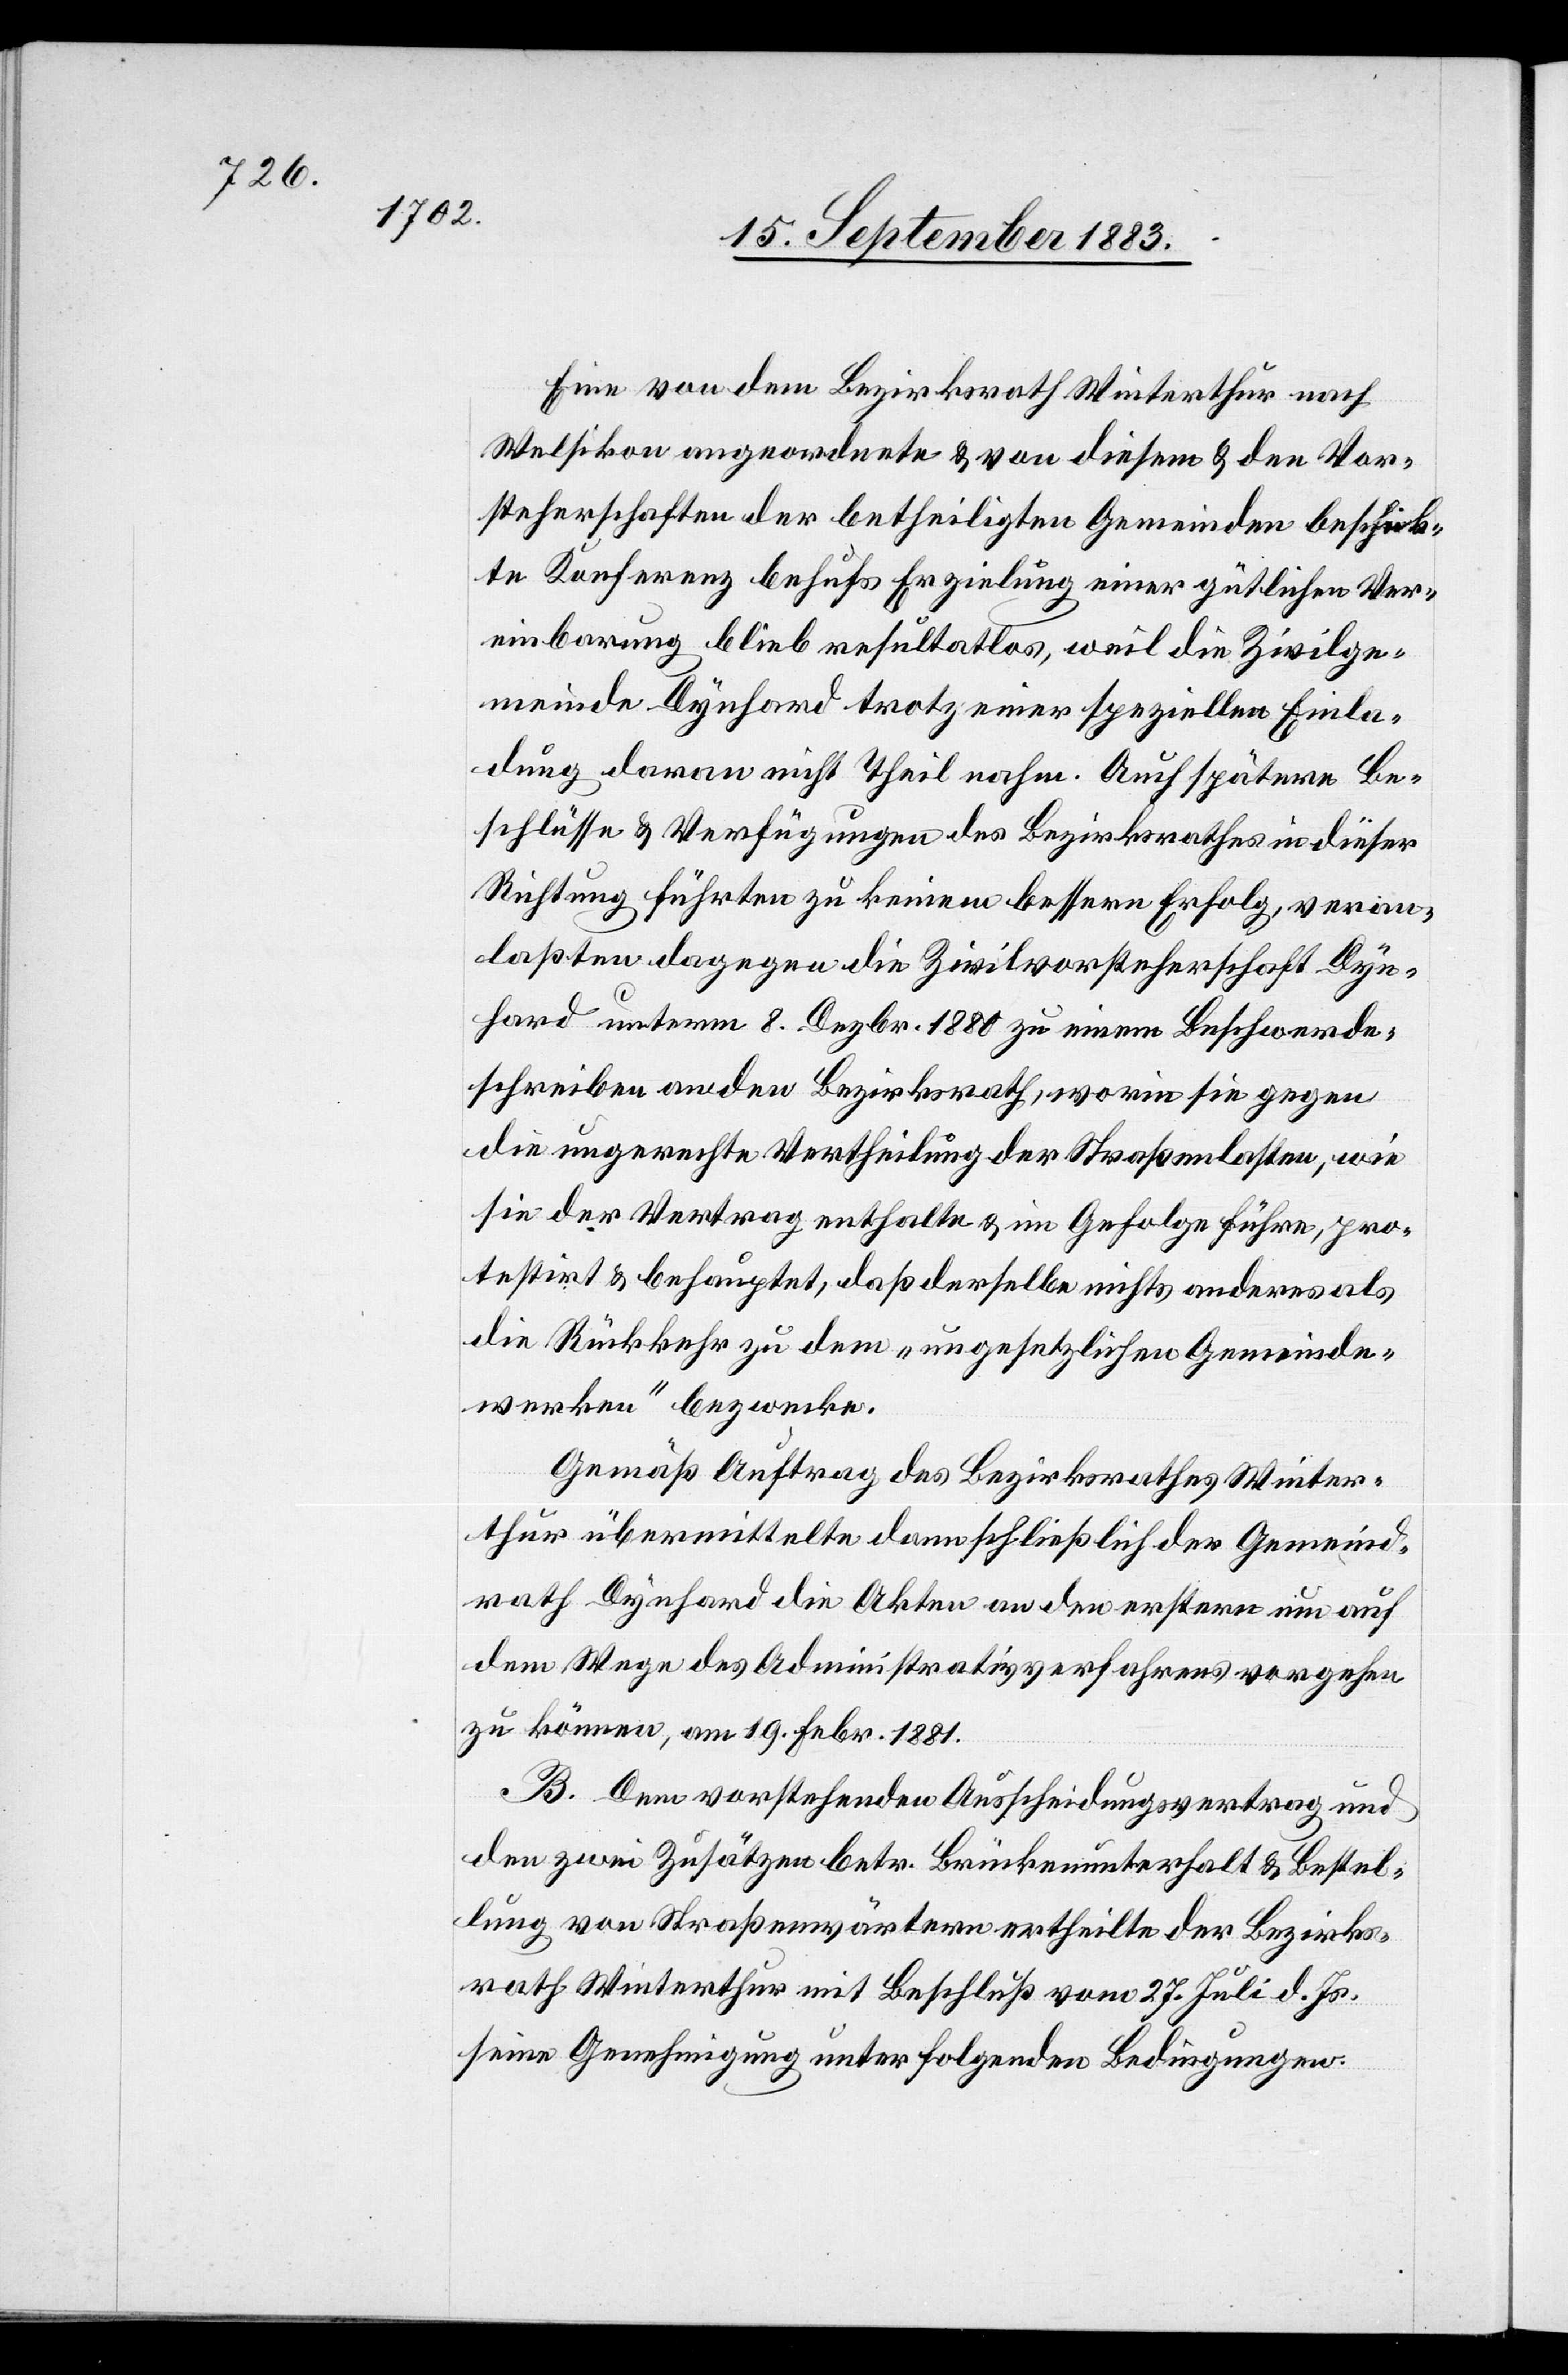
Eine von dem Bezirksrath Winterthur nach
Welsikon angeordnete & von diesem & den Vor¬
steherschaften der betheiligten Gemeinde beschick¬
te Konferenz behufs Erzielung einer gütlichen Ver¬
einbarung blieb resultatlos, weil die Zivilge¬
meinde Dynhard trotz einer speziellen Einla¬
dung daran nicht Theil nahm. Auch spätere Be¬
schlüsse & Verfügungen des Bezirksrathes in dieser
Richtung führten zu keinem bessern Erfolg, veran¬
laßten dagegen die Zivilvorsteherschaft Dyn¬
hard unterm 8. Dezbr. 1880 zu einem Beschwerde¬
schreiben an den Bezirksrath, worin sie gegen
die ungerechte Vertheilung der Straßenlasten, wie
sie der Vertrag enthalte & im Gefolge führe, pro¬
testirt & behauptet, daß derselbe nichts anderes als
die Rückkehr zu dem „ungesetzlichen Gemeinde¬
werken“ bezwecke.
Gemäß Auftrag des Bezirksrathes Winter¬
thur übermittelte dann schließlich der Gemeind¬
rath Dynhard die Akten an den erstern um auf
dem Wege des Administrativverfahrens vorgehen
zu können, am 19. Febr. 1881.
B. Dem vorstehenden Ausscheidungsvertrag und
den zwei Zusätzen betr. Brückenunterhalt & Bestel¬
lung von Straßenwärtern ertheilte der Bezirks¬
rath Winterthur mit Beschluß vom 27. Juli d. Js.
seine Genehmigung unter folgenden Bedingungen: